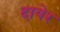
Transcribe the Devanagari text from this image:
दायेर